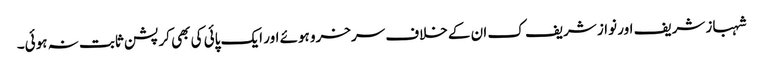
شہباز شریف اور نواز شریف ک ان کے خلاف سرخرو ہوئے اور ایک پائی کی بھی کرپشن ثابت نہ ہوئی۔